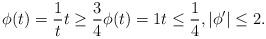
LaTeX: \begin{align*}\phi(t)=\frac{1}{t}t\geq \frac{3}{4}\phi(t)=1t\leq \frac{1}{4},|\phi'|\leq 2.\end{align*}